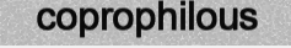
coprophilous